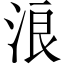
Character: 浪